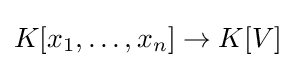
K[x_{1},\dots ,x_{n}]\to K[V]